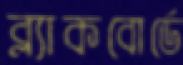
ব্ল্যাকবোর্ডে